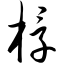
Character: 椁